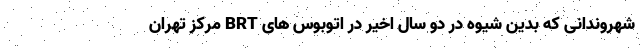
شهروندانی که بدین شیوه در دو سال اخیر در اتوبوس های BRT مرکز تهران